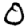
Digit: 0